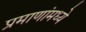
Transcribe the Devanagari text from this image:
प्रमाणांमध्ये